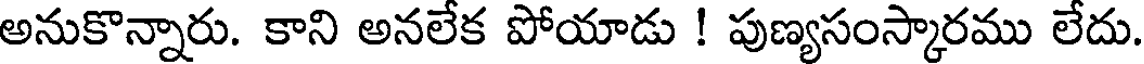
అనుకొన్నారు. కాని అనలేక పోయాడు ! పుణ్యసంస్కారము లేదు.